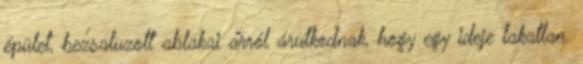
épület, bezsaluzott ablakai arról árulkodnak, hogy egy ideje lakatlan.